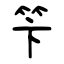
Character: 笇